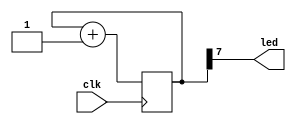

module blink(input clk, output led);

    reg [11:0] counter = 16'h0;

    always @(posedge clk) 
        counter <= counter + 1'b1;

    assign led = counter[7];

endmodule